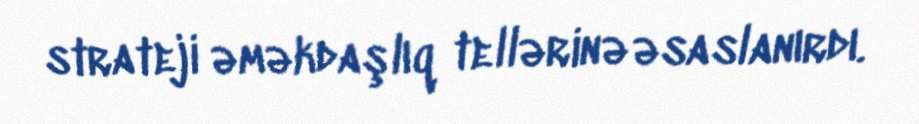
strateji əməkdaşlıq tellərinə əsaslanırdı.